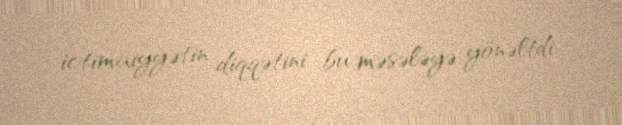
ictimaiyyətin diqqətini bu məsələyə yönəltdi.